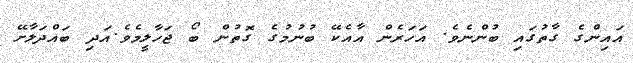
އައިންގެ ގާތުގައި ބުންނެވެ. އަހަރެން އާއެކޭ ބުނުމުގެ ގޮތުން ބޯ ޖަހާލީމެވެ.އަދި ބައްދަލާށޭ